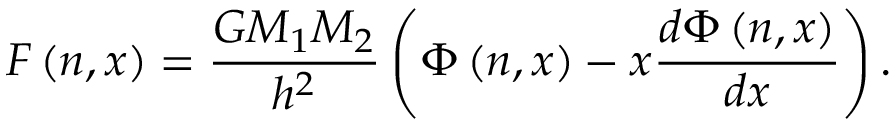
F \left( n , x \right) = \displaystyle \frac { G M _ { 1 } M _ { 2 } } { h ^ { 2 } } \left( \Phi \left( n , x \right) - x \frac { d \Phi \left( n , x \right) } { d x } \right) .